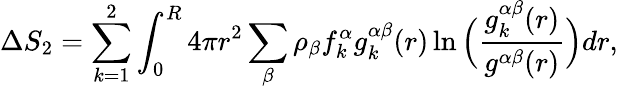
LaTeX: \Delta S_{2}=\sum_{k=1}^{2}\int_{0}^{R}4\pi r^{2}\sum_{\beta}\rho_{\beta}f_{k}^{\alpha}g_{k}^{\alpha\beta}(r)\ln\Big(\frac{g_{k}^{\alpha\beta}(r)}{g^{\alpha\beta}(r)}\Big)dr,